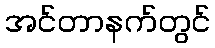
အင်တာနက်တွင်